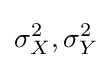
\sigma _{X}^{2},\sigma _{Y}^{2}